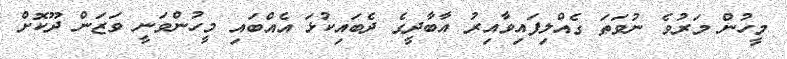
މީހުން މަރުވެ ނުވަތަ ގެއްލިފައިވާއިރު އާބާދީގެ ދެބައިކުޅަ އެއްބައި މީހުންވަނީ ވަޒަން ދޫކޮށް